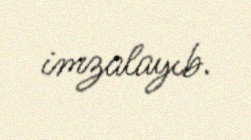
imzalayıb.